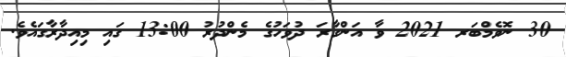
30 ނޮވެމްބަރ 2021 ވާ އަންގާރަ ދުވަހުގެ މެންދުރު 13:00 ގައި މިއިދާރާގައެވެ.